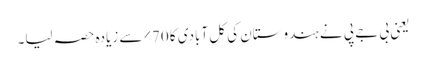
یعنی بی جے پی نے ہندوستان کی کل آبادی کا 70٪ سے زیادہ حصہ لیا۔